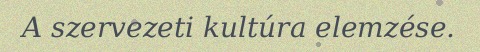
A szervezeti kultúra elemzése.